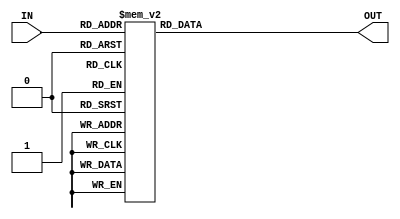
`timescale 1ns / 1ps

module Decoder(
    input [2:0] IN,
    output reg [7:0] OUT
    );
    
    always @(IN)
    begin
        case(IN)
        3'b000 : OUT = 8'h00;
        3'b001 : OUT = 8'b00000010;
        3'b010 : OUT = 8'b00000100;
        3'b011 : OUT = 8'b00001000;
        3'b100 : OUT = 8'b00010000;
        3'b101 : OUT = 8'b00100000;
        3'b110 : OUT = 8'b01000000;
        3'b111 : OUT = 8'b10000000;
        endcase
    end
    
endmodule